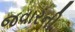
જવારની